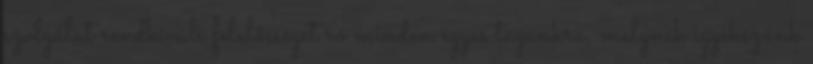
szolgálat rendkívüli felelősséget ró minden egyes tagunkra, melynek igyekszünk